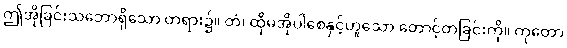
ဤအိုခြင်းသဘောရှိသော တရား၌။ တံ၊ ထိုမအိုပါစေနှင့်ဟူသော တောင့်တခြင်းကို။ ကုတော